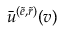
\bar { u } ^ { ( \tilde { e } , \tilde { r } ) } ( v )